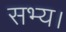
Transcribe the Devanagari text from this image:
सभ्य।